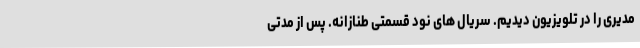
مدیری را در تلویزیون دیدیم. سریال های نود قسمتی طنازانه. پس از مدتی